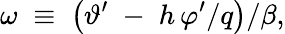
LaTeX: \omega\; \equiv\; \left(\vartheta^{\prime}\; -\; h\, \varphi^{\prime}/q\right)/\beta,